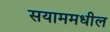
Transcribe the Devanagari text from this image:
सयाममधील